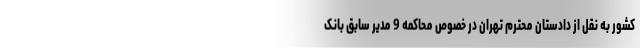
کشور به نقل از دادستان محترم تهران در خصوص محاکمه 9 مدیر سابق بانک